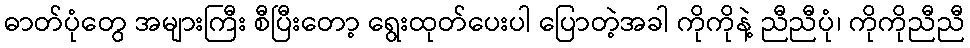
ဓာတ်ပုံတွေ အများကြီး စီပြီးတော့ ရွေးထုတ်ပေးပါ ပြောတဲ့အခါ ကိုကိုနဲ့ ညီညီပုံ၊ ကိုကိုညီညီ